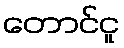
တောင်ငူ